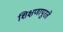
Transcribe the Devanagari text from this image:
शिक्षणापुरते